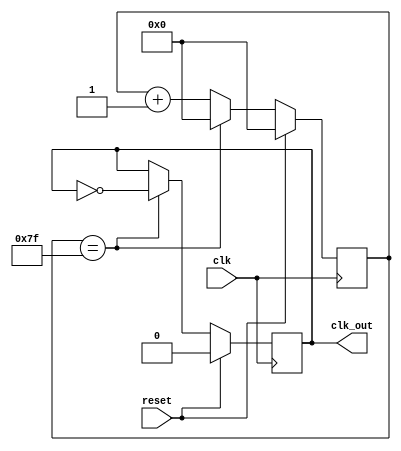
// This program was cloned from: https://github.com/thinkoco/de10-nano-riscv
// License: Apache License 2.0

// Divide clock by 256, used to generate 32.768 kHz clock for AON block
module clkdivider
(
  input wire clk,
  input wire reset,
  output reg clk_out
);

  reg [7:0] counter;

  always @(posedge clk)
  begin
    if (reset)
    begin
      counter <= 8'd0;
      clk_out <= 1'b0;
    end
//  Bob: this original source code is wrong, because it is actually divided clock by 512, so correct it
    //else if (counter == 8'hff)
    else if (counter == 8'h7f)
    begin
      counter <= 8'd0;
      clk_out <= ~clk_out;
    end
    else
    begin
      counter <= counter+1;
    end
  end
endmodule